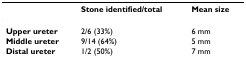
|  | Stone identified/total | Mean size |
 | --- | --- | --- |
 | Upper ureter | 2/6 (33%) | 6 mm |
 | Middle ureter | 9/14 (64%) | 5 mm |
 | Distal ureter | 1/2 (50%) | 7 mm |